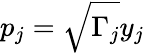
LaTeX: p_{j}=\sqrt{\Gamma_{j}}y_{j}